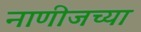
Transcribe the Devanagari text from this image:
नाणीजच्या